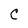
Character: C